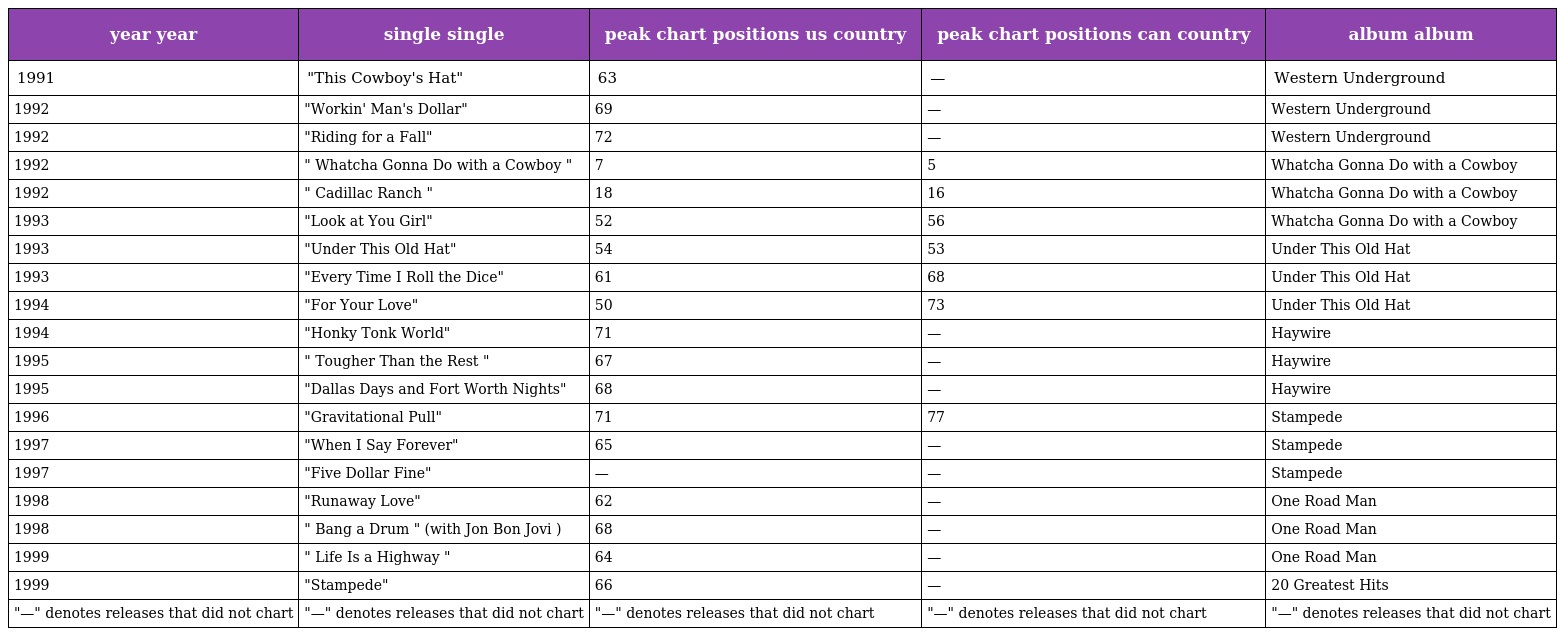
| year year | single single | peak chart positions us country | peak chart positions can country | album album |
 | --- | --- | --- | --- | --- |
 | 1991 | "This Cowboy's Hat" | 63 | — | Western Underground |
 | 1992 | "Workin' Man's Dollar" | 69 | — | Western Underground |
 | 1992 | "Riding for a Fall" | 72 | — | Western Underground |
 | 1992 | " Whatcha Gonna Do with a Cowboy " | 7 | 5 | Whatcha Gonna Do with a Cowboy |
 | 1992 | " Cadillac Ranch " | 18 | 16 | Whatcha Gonna Do with a Cowboy |
 | 1993 | "Look at You Girl" | 52 | 56 | Whatcha Gonna Do with a Cowboy |
 | 1993 | "Under This Old Hat" | 54 | 53 | Under This Old Hat |
 | 1993 | "Every Time I Roll the Dice" | 61 | 68 | Under This Old Hat |
 | 1994 | "For Your Love" | 50 | 73 | Under This Old Hat |
 | 1994 | "Honky Tonk World" | 71 | — | Haywire |
 | 1995 | " Tougher Than the Rest " | 67 | — | Haywire |
 | 1995 | "Dallas Days and Fort Worth Nights" | 68 | — | Haywire |
 | 1996 | "Gravitational Pull" | 71 | 77 | Stampede |
 | 1997 | "When I Say Forever" | 65 | — | Stampede |
 | 1997 | "Five Dollar Fine" | — | — | Stampede |
 | 1998 | "Runaway Love" | 62 | — | One Road Man |
 | 1998 | " Bang a Drum " (with Jon Bon Jovi ) | 68 | — | One Road Man |
 | 1999 | " Life Is a Highway " | 64 | — | One Road Man |
 | 1999 | "Stampede" | 66 | — | 20 Greatest Hits |
 | "—" denotes releases that did not chart | "—" denotes releases that did not chart | "—" denotes releases that did not chart | "—" denotes releases that did not chart | "—" denotes releases that did not chart |